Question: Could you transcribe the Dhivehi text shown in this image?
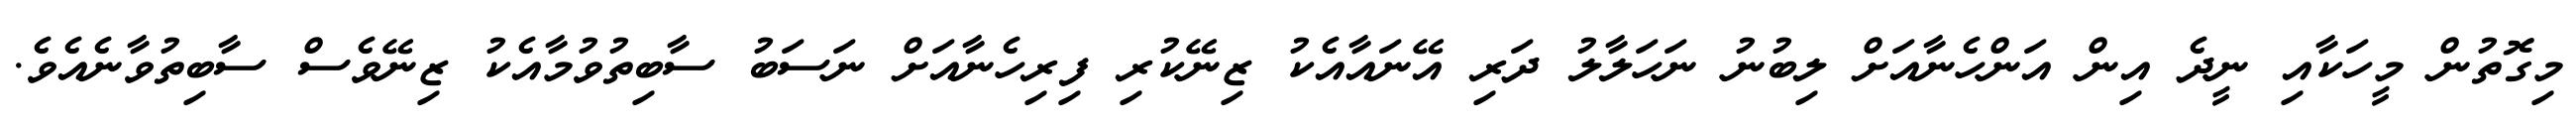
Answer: މިގޮތުން މީހަކާއި ނީދެ އިން އަންހެނާއަށް ލިބުނު ނަހަލާލު ދަރި އޭނައާއެކު ޒިނޭކުރި ފިރިހެނާއަށް ނަސަބު ސާބިތުވުމާއެކު ޒިނޭވެސް ސާބިތުވާނެއެވެ.